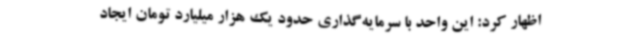
اظهار کرد: این واحد با سرمایه‌گذاری حدود یک هزار میلیارد تومان ایجاد